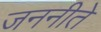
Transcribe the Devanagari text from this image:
जननीते